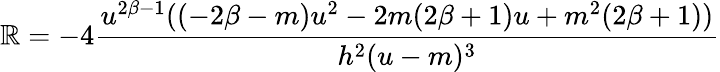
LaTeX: \mathbb{R}=-4\frac{{u^{2\beta-1}((-2\beta-m)u^{2}-2m(2\beta+1)u+m^{2}(2\beta+1))}}{{h^{2}(u-m)^{3}}}